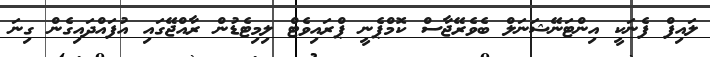
ލައިފް ފެނަކީ އިންޓަނޭޝަނަލް ބެވެރޭޖާސް ކޮމްޕެނީ ޕްރައިވެޓް ލިމިޓެޑުން ރާއްޖޭގައި އުފައްދައިގެން ގިނަ